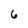
Character: 6